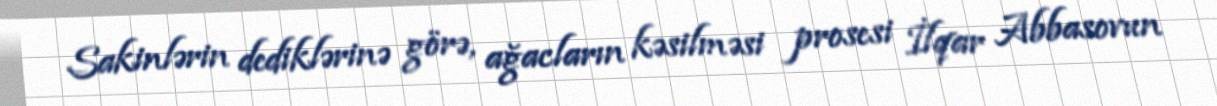
Sakinlərin dediklərinə görə, ağacların kəsilməsi prosesi İlqar Abbasovun